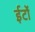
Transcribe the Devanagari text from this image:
ईटोंं